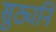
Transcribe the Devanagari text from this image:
सुठ्यनि